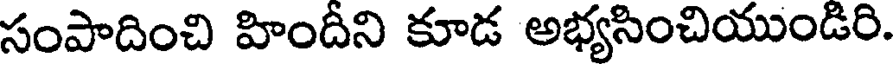
సంపాదించి హిందీని కూడ అభ్యసించియుండిరి.